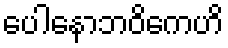
ပေါနောဘဝိကေဟိ